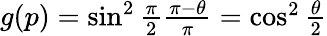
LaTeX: \begin{array}{r}{g(p)=\sin^{2}\frac{\pi}{2}\frac{\pi-\theta}{\pi}=\cos^{2}\frac{\theta}{2}}\end{array}